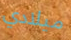
ميلادي